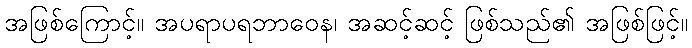
အဖြစ်ကြောင့်။ အပရာပရဘာဝေန၊ အဆင့်ဆင့် ဖြစ်သည်၏ အဖြစ်ဖြင့်။